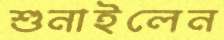
শুনাইলেন